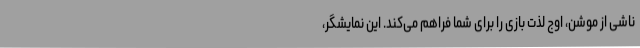
ناشی از موشن، اوج لذت بازی را برای شما فراهم می‌کند. این نمایشگر،